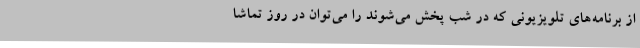
از برنامه‌های تلویزیونی که در شب پخش می‌شوند را می‌توان در روز تماشا